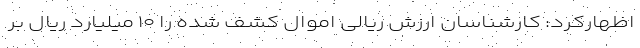
اظهارکرد: کارشناسان ارزش ریالی اموال کشف شده را ۱۰ میلیارد ریال بر